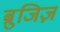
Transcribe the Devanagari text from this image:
ब्रुजिज़